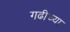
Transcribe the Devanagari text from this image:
गढीच्या